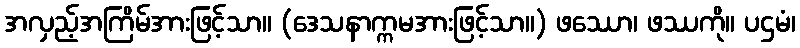
အလှည့်အကြိမ်အားဖြင့်သာ။ (ဒေသနာက္ကမအားဖြင့်သာ။) ဖဿော၊ ဖဿကို။ ပဌမံ၊